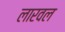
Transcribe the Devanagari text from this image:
लारवल